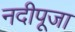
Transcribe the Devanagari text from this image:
नदीपूजा